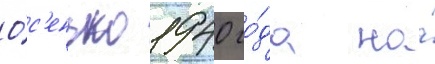
О́с'енью 1940 го́да на́